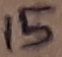
Text: 15